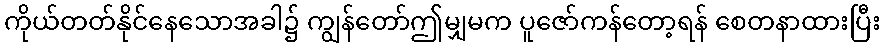
ကိုယ်တတ်နိုင်နေသောအခါ၌ ကျွန်တော်ဤမျှမက ပူဇော်ကန်တော့ရန် စေတနာထားပြီး